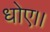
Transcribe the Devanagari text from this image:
धोए।।